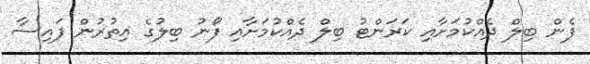
ފެން ބިލް ދެއްކުމަށާއި ކަރަންޓު ބިލް ދެއްކުމަށާއި ފޯނު ބިލުގެ އިތުރުން ފައިސާ